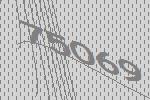
75069